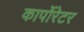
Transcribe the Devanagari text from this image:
कार्पोरेटर